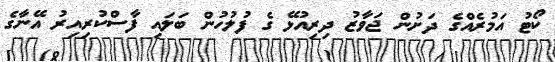
ކޯޓު އަމުރެއްގެ ދަށުން ޖަވާޒު ދިރިއުޅޭ ގެ ފުލުހުން ބަލައި ފާސްކުރިއިރު އޭނާގެ